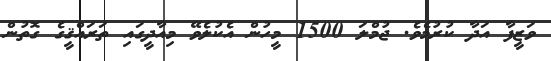
ވަޒީފާ އަދާ ކުރުމެވެ. ޖުމްލަ 1500 މީހުން އެކުލެވޭ މިއާދީގައި ތަރައްޤީގެ ގޮތުން